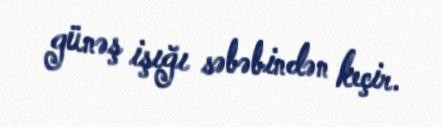
günəş işığı səbəbindən keçir.